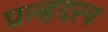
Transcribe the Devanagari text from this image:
प्रल्हदरव